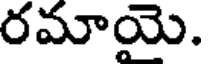
రమాయె.